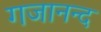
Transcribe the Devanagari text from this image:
गजानन्द